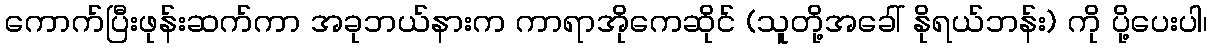
ကောက်ပြီးဖုန်းဆက်ကာ အခုဘယ်နားက ကာရာအိုကေဆိုင် (သူတို့အခေါ် နိုရယ်ဘန်း) ကို ပို့ပေးပါ၊